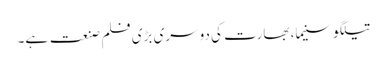
تیلگو سنیما، بھارت کی دوسری بڑی فلم صنعت ہے۔